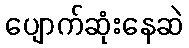
ပျောက်ဆုံးနေဆဲ